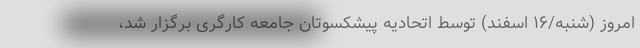
امروز (شنبه/۱۶ اسفند) توسط اتحادیه پیشکسوتان جامعه کارگری برگزار شد،